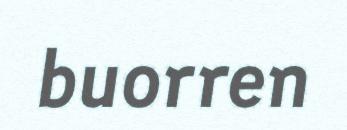
buorren